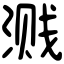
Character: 溅